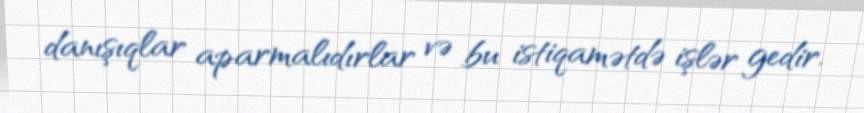
danışıqlar aparmalıdırlar və bu istiqamətdə işlər gedir.